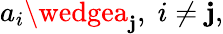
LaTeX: a_{i}\wedgea_{\mathbf{j}},\; i\neq\mathbf{j},